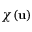
\chi ( \mathbf { u } )